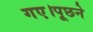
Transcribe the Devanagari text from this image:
गए।पूछने